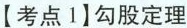
【考点1】勾股定理